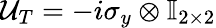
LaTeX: \mathcal{U}_{T}=-i\sigma_{y}\otimes\mathbb{I}_{2\times 2}